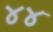
૪૪